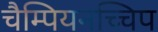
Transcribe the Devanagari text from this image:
चैम्पियनच्चिप